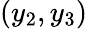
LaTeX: (y_{2},y_{3})